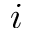
i